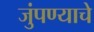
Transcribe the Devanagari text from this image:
जुंपण्याचे